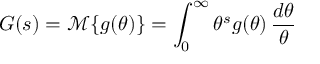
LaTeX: G ( s ) = { \mathcal { M } } \{ g ( \theta ) \} = \int _ { 0 } ^ { \infty } \theta ^ { s } g ( \theta ) \, { \frac { d \theta } { \theta } }